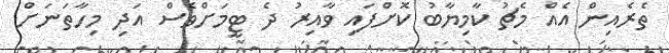
ތެރެއިން އެއް މެޗު ކާމިޔާބު ކޮށްފައި ވާއިރު ދެ ޓީމަށްވެސް އަދި މިހާތަނަށް